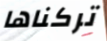
تركناها